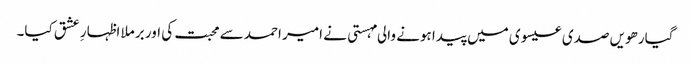
گیارھویں صدی عیسوی میں پیدا ہونے والی مہستی نے امیر احمد سے محبت کی اور برملا اظہارِ عشق کیا۔